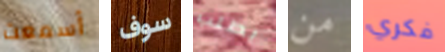
أسمعت سوف بطلب من فكري